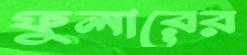
ফুলারের